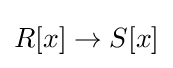
R[x]\to S[x]